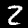
Digit: 2